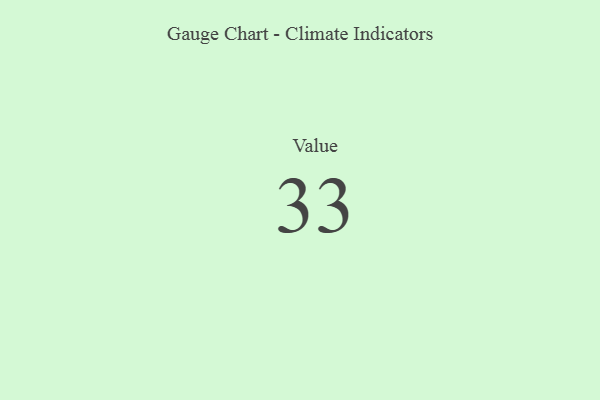
{"axis": {"x": "Metric", "y": "Value"}, "legend": [""], "data": [{"x": "Value", "y": 33, "type": ""}]}